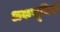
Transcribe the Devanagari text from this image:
अकसूमियों